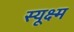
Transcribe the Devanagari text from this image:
स्यूक्ष्म